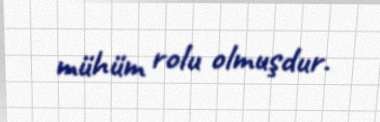
mühüm rolu olmuşdur.